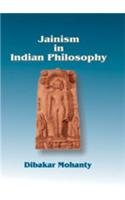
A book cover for Jainism in Indian Philosophy; Mohasnty Dibakar; Religion & Spirituality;